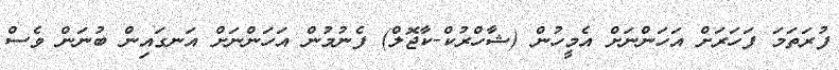
ފުރަތަމަ ފަހަރަށް އަހަންނަށް އެމީހުން (ޝާހްރުކް-ކާޖޮލް) ފެނުމުން އަހަންނަށް އަނގައިން ބުނަން ވެސް